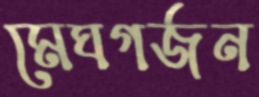
মেঘগর্জন